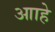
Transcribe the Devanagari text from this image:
आाहे